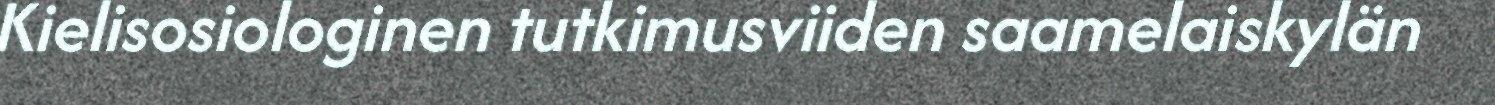
Kielisosiologinen tutkimusviiden saamelaiskylän